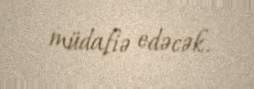
müdafiə edəcək.